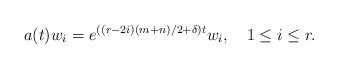
LaTeX: \begin{align*} a(t)w_i = e^{((r-2i)(m+n)/2+\delta)t}w_i, \quad 1\leq i\leq r.\end{align*}